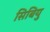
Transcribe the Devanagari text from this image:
सिबियु